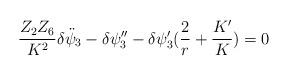
LaTeX: \begin{align*}{Z_2 Z_6 \over K^2}\delta\ddot{ \psi}_3 - \delta \psi_3'' - \delta \psi_3' ({2 \over r} +{K' \over K}) =0 \end{align*}